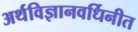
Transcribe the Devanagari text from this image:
अर्थविज्ञानवर्धिनीत